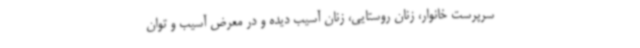
سرپرست خانوار، زنان روستایی، زنان آسیب دیده و در معرض آسیب و توان